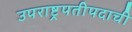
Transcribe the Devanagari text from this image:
उपराष्ट्रपतीपदाची